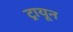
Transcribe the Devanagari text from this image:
ट्रायून